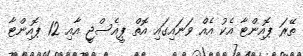
ތޭރަ ޕޮއިންޓާ އެކު އެއް ވަނައިގައި އޮތް ޕީއެސްޖީ އާއި 12 ޕޮއިންޓާ